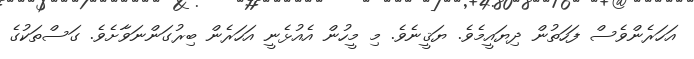
އަހަރެންވެސް ފަހަތުން ދިޔައީމެވެ. ޔަޤީނެވެ. މި މީހުން އެއުޅެނީ އަހަރެން ބިރުގަންނަވާށެވެ. ގަސްތަކުގެ